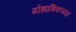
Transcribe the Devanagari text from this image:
मोझांबिकच्या